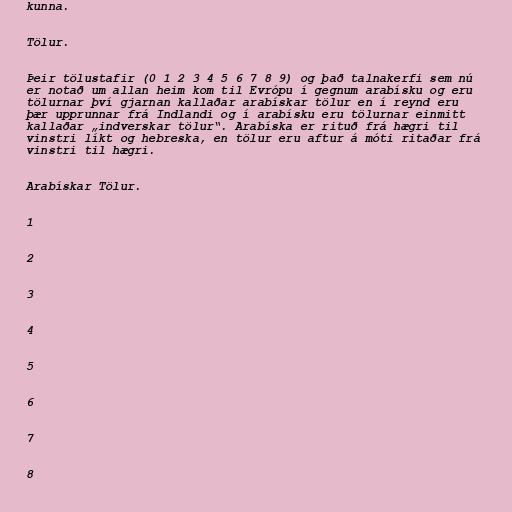
kunna.

Tölur.

Þeir tölustafir (0 1 2 3 4 5 6 7 8 9) og það talnakerfi sem nú
er notað um allan heim kom til Evrópu í gegnum arabísku og eru
tölurnar því gjarnan kallaðar arabískar tölur en í reynd eru
þær upprunnar frá Indlandi og í arabísku eru tölurnar einmitt
kallaðar „indverskar tölur“. Arabíska er rituð frá hægri til
vinstri líkt og hebreska, en tölur eru aftur á móti ritaðar frá
vinstri til hægri.

Arabískar Tölur.

1

2

3

4

5

6

7

8